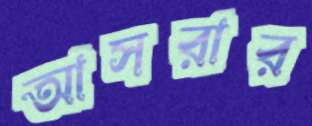
আসরার